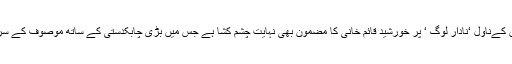
آخری باب میں عبداللہ حسین کےناول ‘نادار لوگ ‘ پر خورشید قائم خانی کا مضمون بھی نہایت چشم کشا ہے جس میں بڑی چابکدستی کے ساتھ موصوف کے سرقےکا محاسبہ کیا گیا ہے ۔